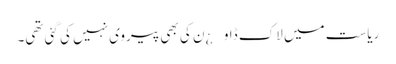
ریاست میں لاک ڈاو¿ن کی بھی پیروی نہیں کی گئی تھی۔